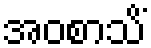
အဝစာသိံ